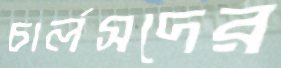
চার্লসদের